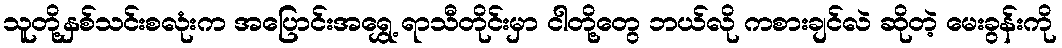
သူတို့နှစ်သင်းစလုံးက အပြောင်းအရွှေ့ ရာသီတိုင်းမှာ ငါတို့တွေ ဘယ်လို ကစားချင်လဲ ဆိုတဲ့ မေးခွန်းကို